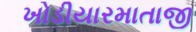
ખોડીયારમાતાજી